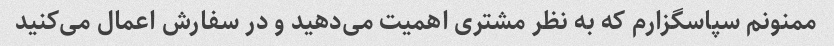
ممنونم سپاسگزارم که به نظر مشتری اهمیت می‌دهید و در سفارش اعمال می‌کنید